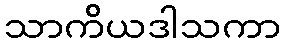
သာကိယဒါသကာ